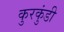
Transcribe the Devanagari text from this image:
कुरकुंडी